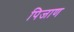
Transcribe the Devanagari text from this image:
पिजाण